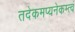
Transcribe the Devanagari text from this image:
तदेकमप्यनेकम्त्वं